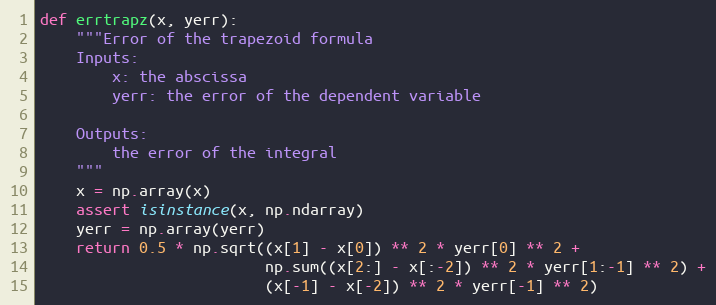
Language: Python
def errtrapz(x, yerr):
    """Error of the trapezoid formula
    Inputs:
        x: the abscissa
        yerr: the error of the dependent variable

    Outputs:
        the error of the integral
    """
    x = np.array(x)
    assert isinstance(x, np.ndarray)
    yerr = np.array(yerr)
    return 0.5 * np.sqrt((x[1] - x[0]) ** 2 * yerr[0] ** 2 +
                         np.sum((x[2:] - x[:-2]) ** 2 * yerr[1:-1] ** 2) +
                         (x[-1] - x[-2]) ** 2 * yerr[-1] ** 2)